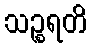
သဉ္စရတိ